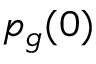
p _ { g } ( 0 )